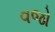
વજો